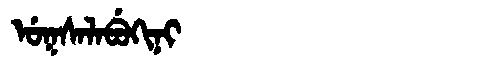
Manchu: ᡠᡴᠰᠠᠯᠠᠪᡠᡴᡳᠨᡳ
Romanization: UKSALABUKINI